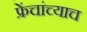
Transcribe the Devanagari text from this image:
फ्रेंचांच्याच